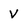
Character: V